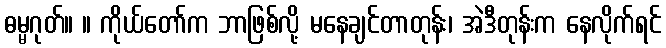
ဓမ္မဂုတ်။ ။ ကိုယ်တော်က ဘာဖြစ်လို့ မနေချင်တာတုန်း၊ အဲဒီတုန်းက နေလိုက်ရင်